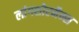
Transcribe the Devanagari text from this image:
लांगशोरमैन्स